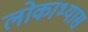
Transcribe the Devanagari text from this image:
लोकाभ्यास